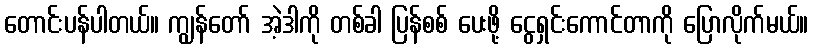
တောင်းပန်ပါတယ်။ ကျွန်တော် အဲ့ဒါကို တစ်ခါ ပြန်စစ် ပေးဖို့ ငွေရှင်းကောင်တာကို ပြောလိုက်မယ်။